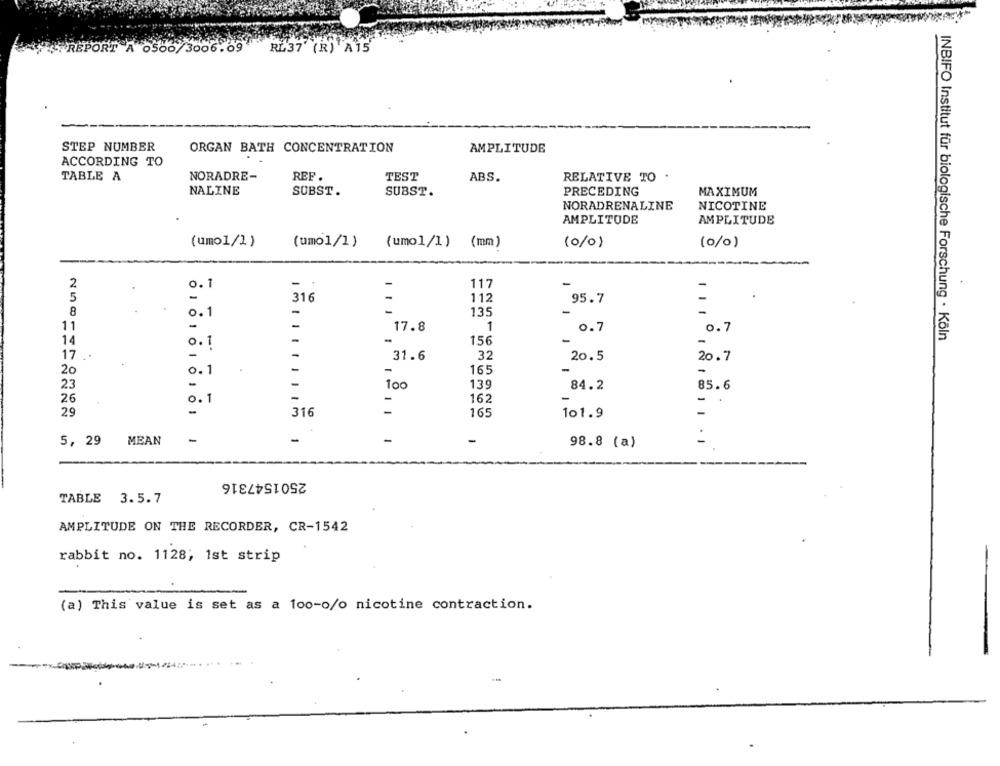
REPORT A 0500/3006.09 RE37 (R) A15
STEP NUMBER
ORGAN BATH CONCENTRATION
AMPLITUDE
ACCORDING TO
TABLE A
NORADRE-
REF .
TEST
RELATIVE TO .
ABS.
NALINE
SUBST.
PRECEDING
MAXIMUM
SUBST .
NORADRENALINE
NICOTINE
AMPLITUDE
AMPLITUDE
(umo1/1)
(umo1/1)
(umo1/1) (mm)
(0/0)
(0/0)
2
-
117
0.1
5
-
316
112
95.7
-
8
135
0 .1
11
-
-
17.8
1
0.7
0.7
-
INBIFO Institut für biologische Forschung · Köln
14
156
0 . 1
17
-
31.6
32
20.5
20.7
20
0.1
-
165
139
23
-
100
84.2
85.6
26
162
0. 1
=
29
316
101.9
165
5, 29
MEAN
-
-
-
-
98.8 (a)
2501547316
TABLE 3.5.7
AMPLITUDE ON THE RECORDER, CR-1542
rabbit no. 1128; 1st strip
(a) This value is set as a 100-0/o nicotine contraction.